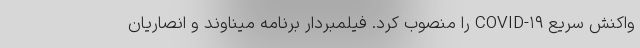
واکنش سریع COVID-۱۹ را منصوب کرد. فیلمبردار برنامه میناوند و انصاریان